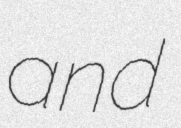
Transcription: and